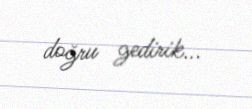
doğru gedirik...